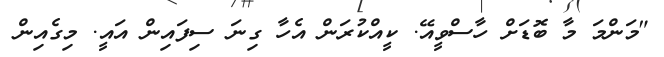
"މަންމަ މާ ބޮޑަށް ހާސްވީއޭ. ކީއްކުރަން އެހާ ގިނަ ސިފައިން އައީ. މިގެއިން